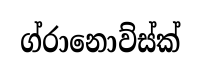
ග්රානොව්ස්ක්